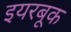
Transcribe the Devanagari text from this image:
इयरबूक